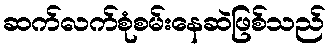
ဆက်လက်စုံစမ်းနေဆဲဖြစ်သည်